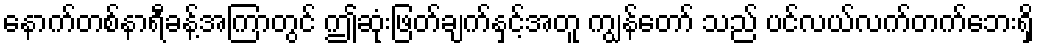
နောက်တစ်နာရီခန့်အကြာတွင် ဤဆုံးဖြတ်ချက်နှင့်အတူ ကျွန်တော် သည် ပင်လယ်လက်တက်ဘေးရှိ